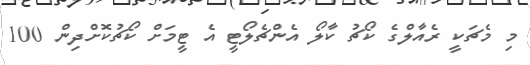
މި މެޗަކީ ރެއާލްގެ ކޯޗު ކާލޯ އެންޗެލޯޓީ އެ ޓީމަށް ކޯޗުކޮށްދިން 100